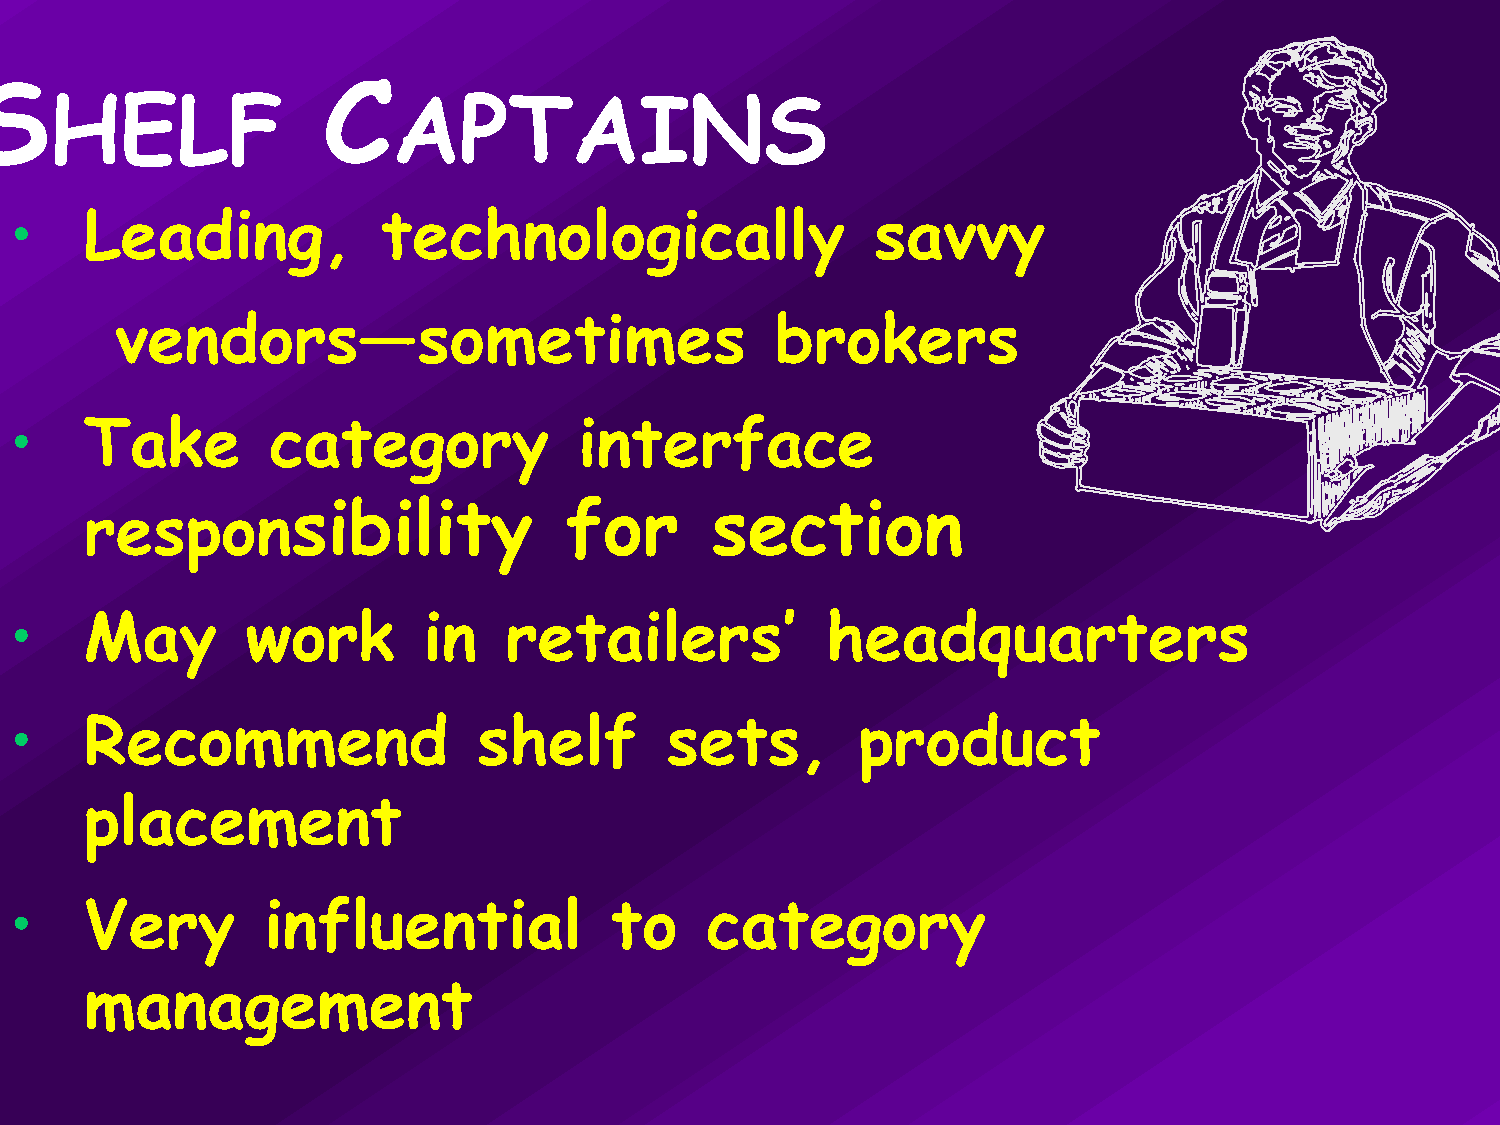
S                      C
 HELF                   APTAINS
 •    Leading,           technologically                  savvy
 vendors—sometimes                          brokers
 •    Take        category            interface
 responsibility                 for       section
 •    May       work        in   retailers’            headquarters
 •    Recommend                 shelf       sets,        product
 placement
 •    Very       influential            to     category
 management